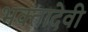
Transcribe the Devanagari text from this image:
भक्तादेवी